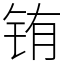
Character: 铕